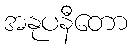
အနုပနီတော